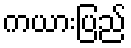
ကယားပြည်